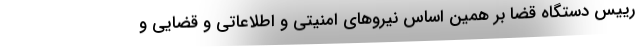
رییس دستگاه قضا بر همین اساس نیروهای امنیتی و اطلاعاتی و قضایی و